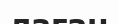
лаған